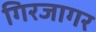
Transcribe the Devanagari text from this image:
गिरजागर